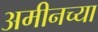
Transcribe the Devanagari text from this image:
अमीनच्या